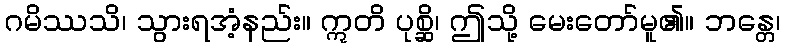
ဂမိဿသိ၊ သွားရအံ့နည်း။ ဣတိ ပုစ္ဆိ၊ ဤသို့ မေးတော်မူ၏။ ဘန္တေ၊